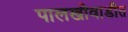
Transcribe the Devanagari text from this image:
पालखीवाडीत